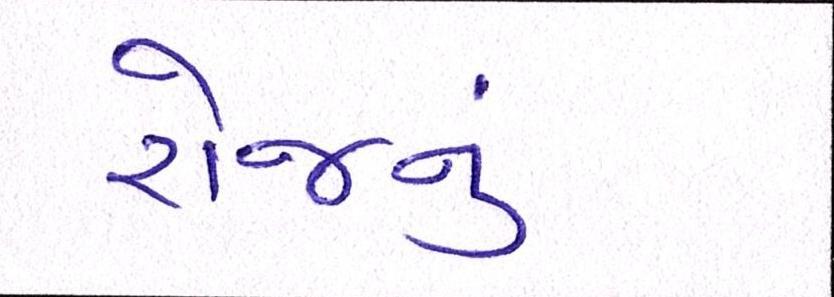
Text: રોજનું